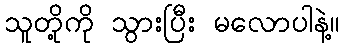
သူတို့ကို သွားပြီး မလောပါနဲ့။